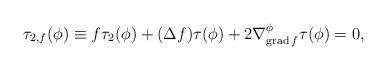
LaTeX: \begin{align*} \tau_{2,f} (\phi)\equiv f\tau_2(\phi)+(\Delta f)\tau(\phi)+2\nabla^{\phi}_{{\rm grad}\, f}\tau(\phi)=0,\end{align*}